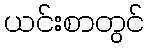
ယင်းစာတွင်